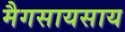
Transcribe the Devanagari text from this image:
मैगसायसाय